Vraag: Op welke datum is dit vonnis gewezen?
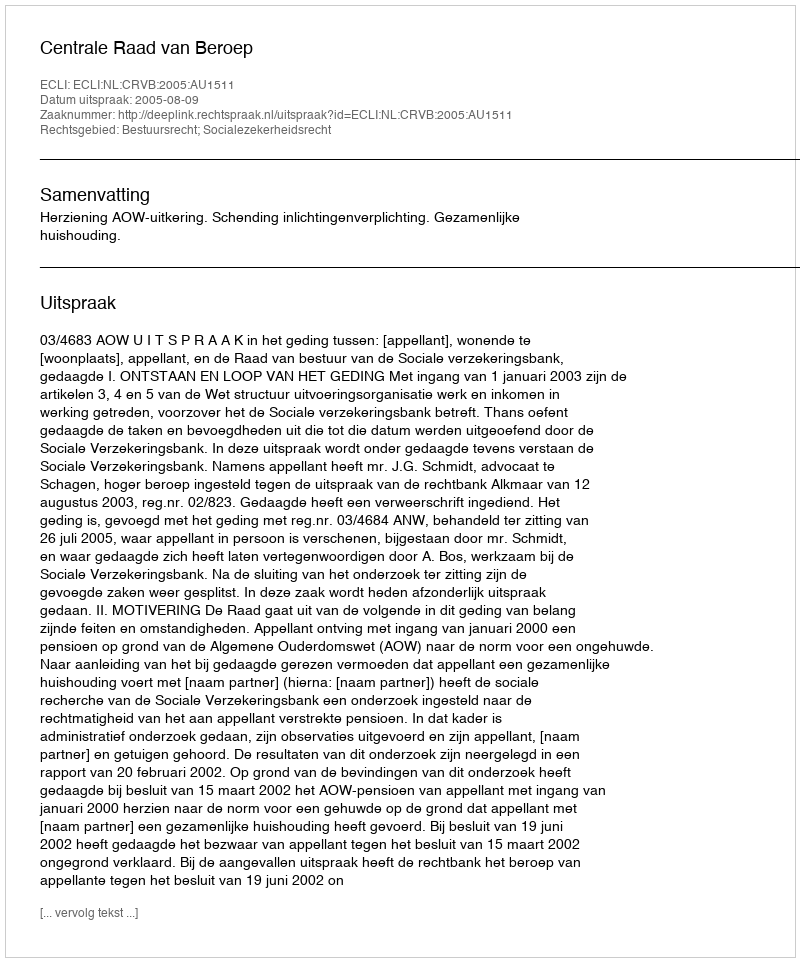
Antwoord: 2005-08-09